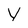
Character: V